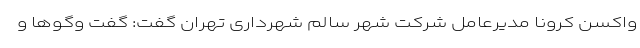
واکسن کرونا مدیرعامل شرکت شهر سالم شهرداری تهران گفت: گفت وگوها و